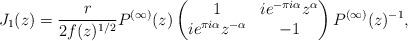
LaTeX: \begin{align*}J_1(z)=\frac{r}{2f(z)^{1/2}}P^{(\infty)}(z)\begin{pmatrix}1&ie^{-\pi i\alpha}z^\alpha\\ie^{\pi i\alpha}z^{-\alpha}&-1\end{pmatrix} P^{(\infty)}(z)^{-1},\end{align*}